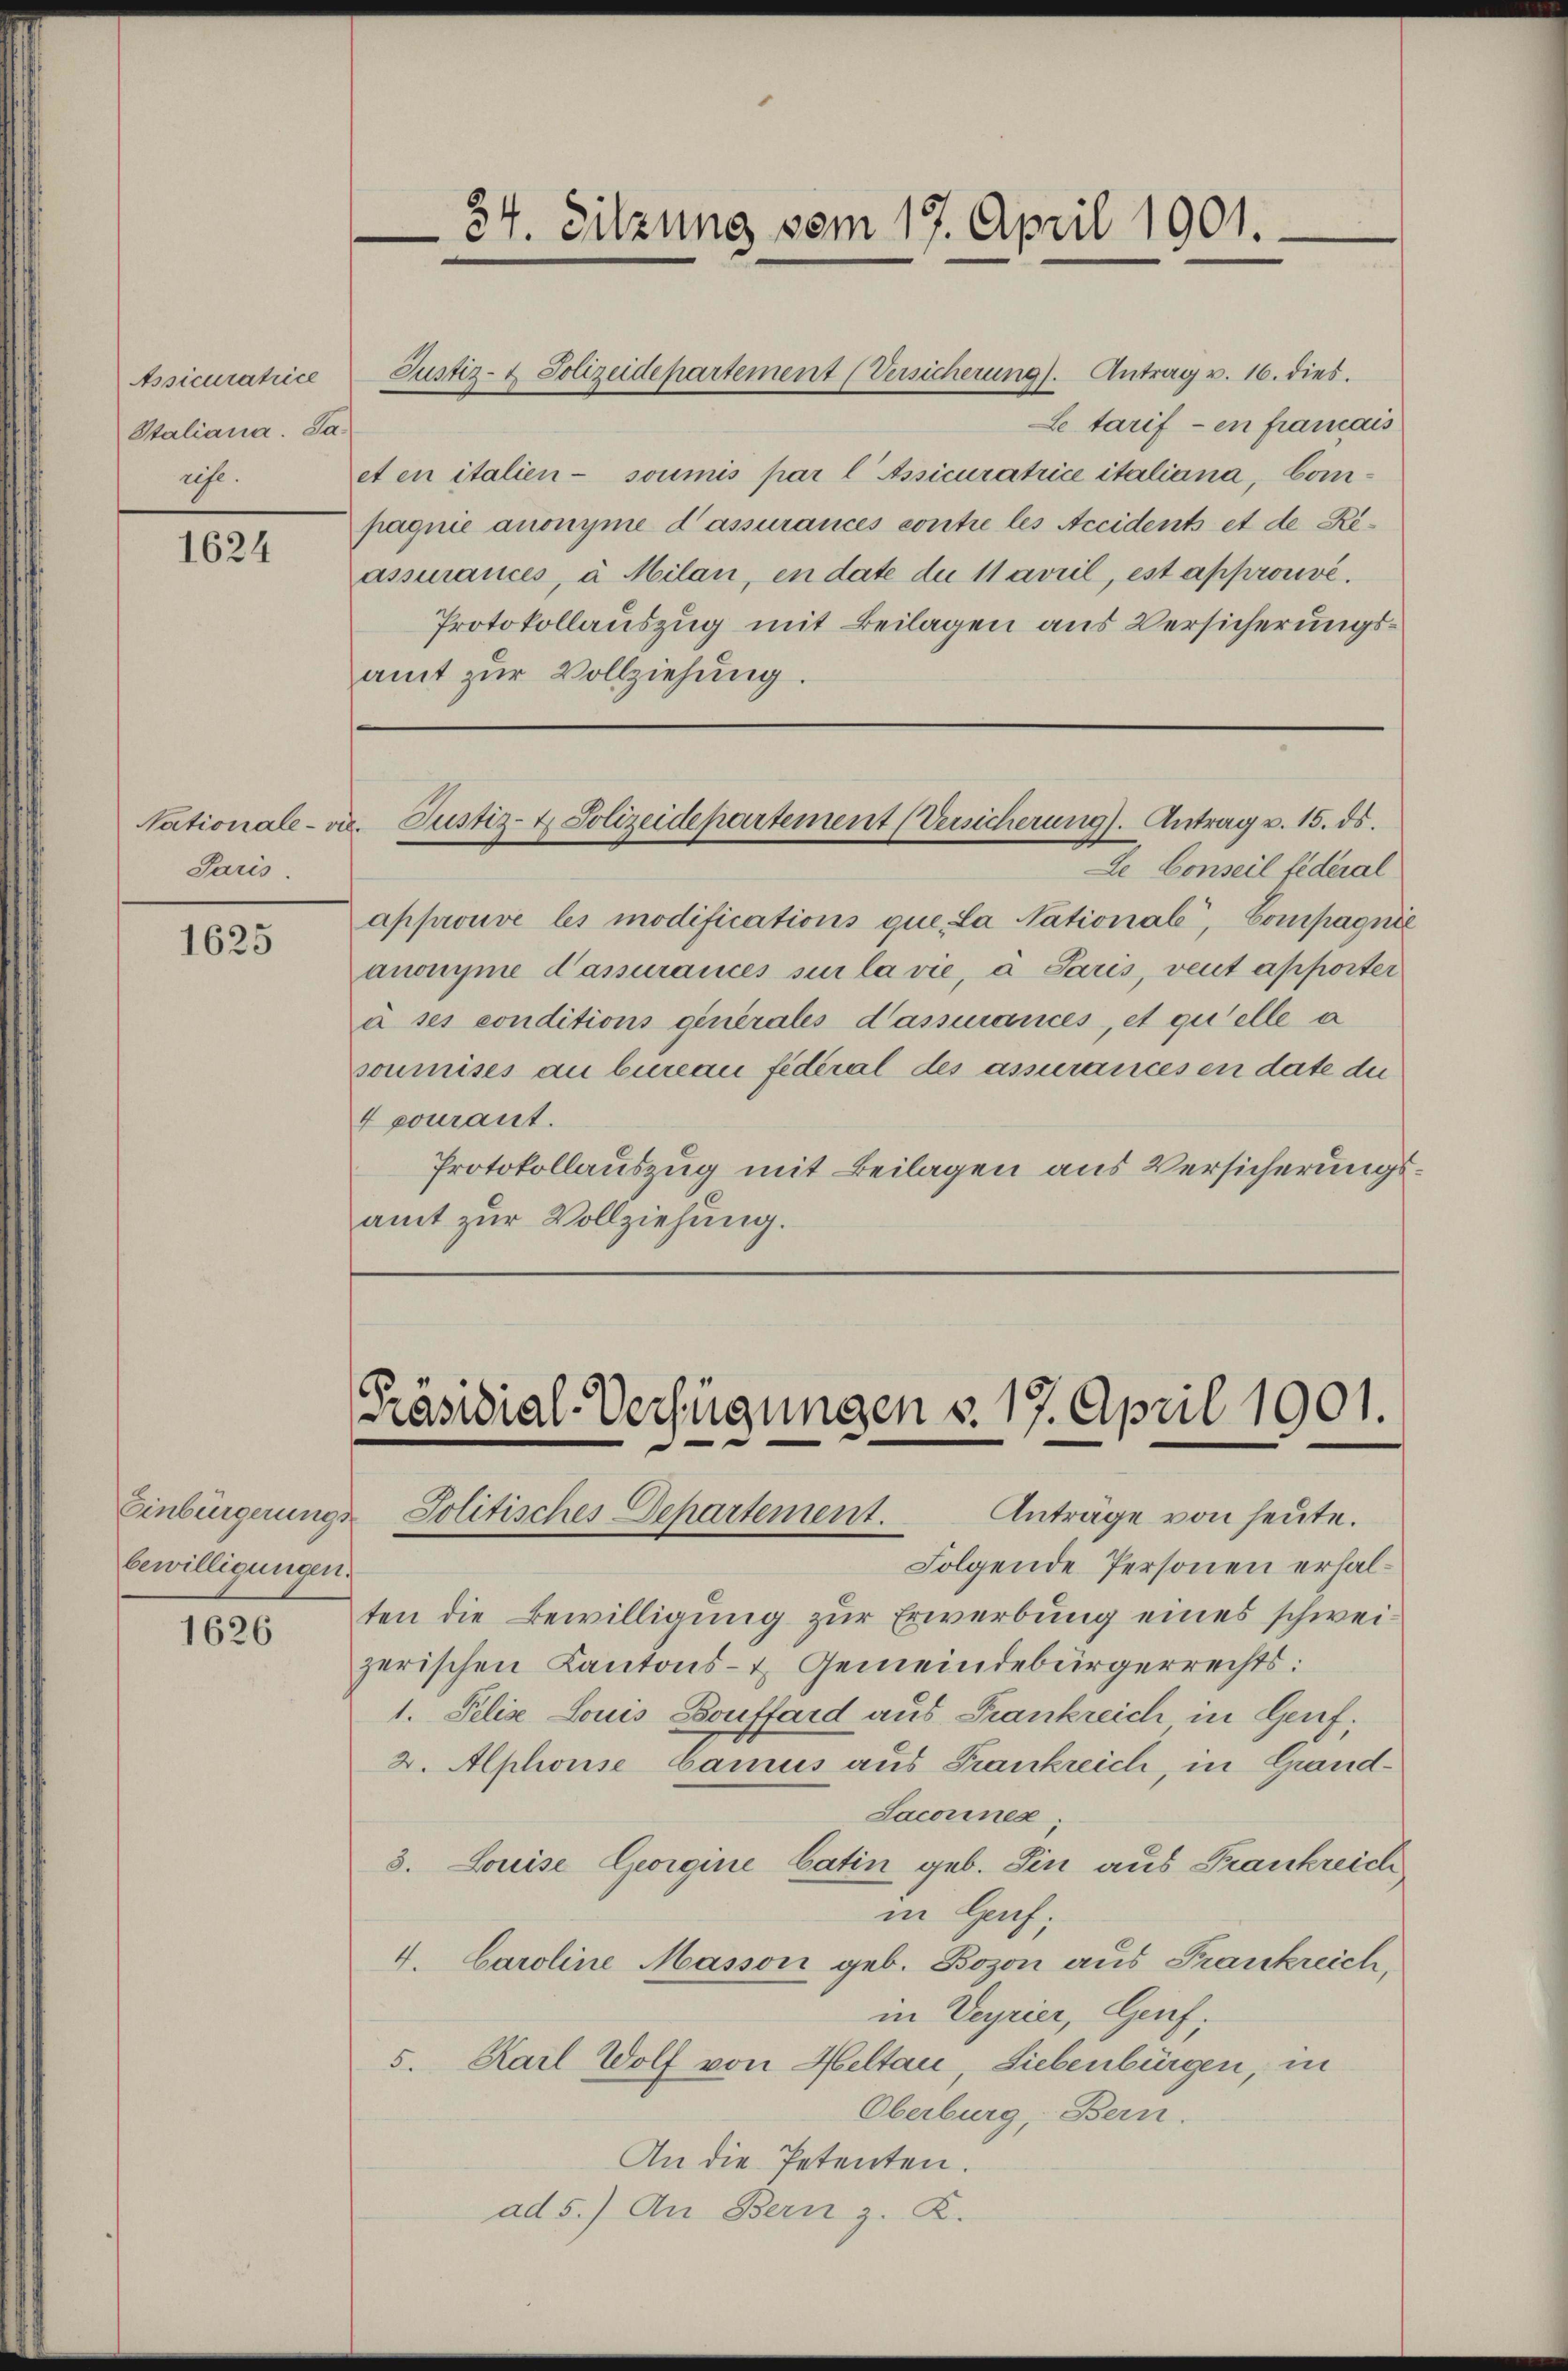
Assicuratrice
Staliana. Sa
ist.

1624

Paris.

1625

Einbürgerungsbewilligungen.

1626

Letarif - en framais
et en italien- soumis par l Assicuratrice italiana, Compagnie anonyme d’assurances contre les Accidents et de Reassurances, à Milan, en date du 11 avril, est approuvé.
Protokollauszug mit Beilagen aus Versicherungsamt zŭr Vollziehung.

34. Sitzung vom 17. April 1901.

Justiz- & Polizeidepartement (Versicherung). Antrag u. 16. dies.

Nationale - vie. Justiz- & Polizeidepartement (Versicherung). Antrag u. 15. ds.

Präsidial-Verfügungen v. 17. April 1901.
Anträge von heute.
Solitisches Departement.

Le Conseil federal
approuve les modifications que, La National, Compagnie
anonyme d’assurances sur la vie, à Paris, veut apporter
à ses conditions generales d’assiances, et qu’elle a
soumises an bureau fédéral des assurances en date du
4 pourant.
Protokollauszug mit Beilagen aus Versicherungsamt zur Vollziehung.

Folgende Personen erhalten die Bewilligung zur Erwerbung eines schweizerischen Kantons- & Gemeindebürgerrechts:
1. Pelis Louis Bouffard aus Frankreich in Genf;
2. Alphonse Camus aus Frankreich, in Grand¬
Sacoines
3. Louise Georgine Catin geb. Sin aus Frankreich
in Hach;
4. Caroline Masson geb. Bozon aus Frankreich,
in Verrier, Genf,
5. Karl Wolf von Heltau, Liebenbürgen, in
Oberburg, Bern.
An die Petenten.
ad 5.) An Bern z. K.